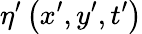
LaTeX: \eta^{\prime}\left(x^{\prime},y^{\prime},t^{\prime}\right)